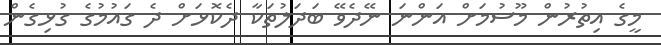
މީގެ އިތުރުން މޫސުމަށް އަންނަ ނޭދެވޭ ބަދަލުތަކާ ދެކޮޅަށް ދެ ގައުމުގެ ގުޅިގެން